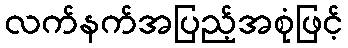
လက်နက်အပြည့်အစုံဖြင့်